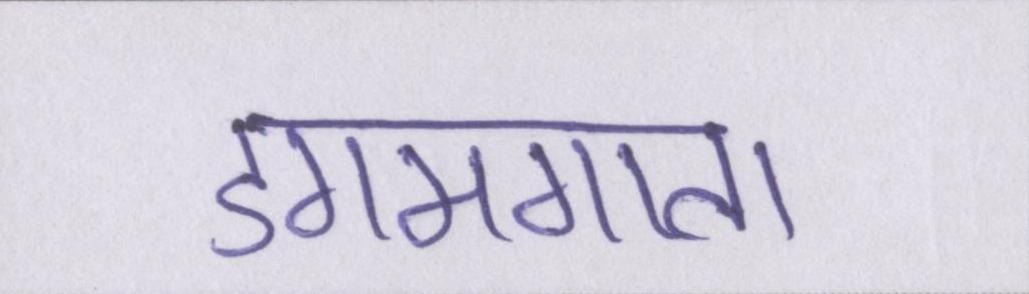
डगमगाता